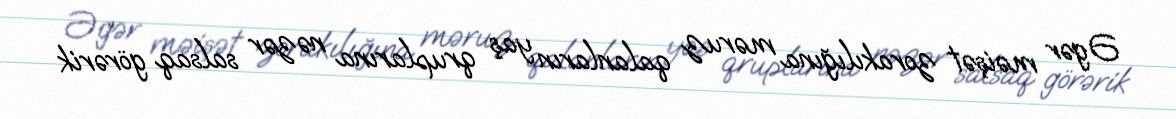
Əgər məişət zorakılığına məruz qalanların yaş qruplarına nəzər salsaq görərik